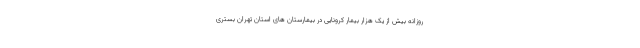
روزانه بیش از یک هزار بیمار کرونایی در بیمارستان های استان تهران بستری